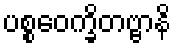
ပစ္စဝေက္ခိတဗ္ဗာနိ